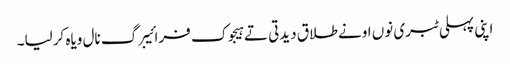
اپنی پہلی ٹبری نوں اونے طلاق دیدتی تے ہیجوک فرائیبرگ نال ویاہ کرلیا۔